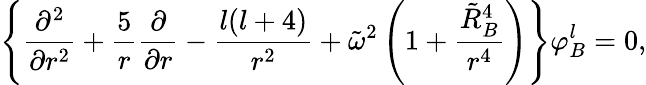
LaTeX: \left\{ {\frac{\partial^{2}}{\partial r^{2}}}+{\frac{5}{r}}{\frac{\partial}{\partial r}}-{\frac{l(l+4)}{r^{2}}}+\tilde{\omega}^{2}\left(1+{\frac{\tilde{R}_{B}^{4}}{r^{4}}}\right)\right\} \varphi_{B}^{l}=0,